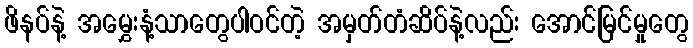
ဖိနပ်နဲ့ အမွှေးနံ့သာတွေပါဝင်တဲ့ အမှတ်တံဆိပ်နဲ့လည်း အောင်မြင်မှုတွေ